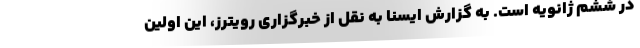
در ششم ژانویه است. به گزارش ایسنا به نقل از خبرگزاری رویترز، این اولین